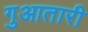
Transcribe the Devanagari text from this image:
गुआतारी